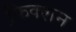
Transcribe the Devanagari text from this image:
फि़क्शन